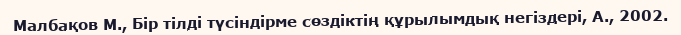
Малбақов М., Бір тілді түсіндірме сөздіктің құрылымдық негіздері, А., 2002.